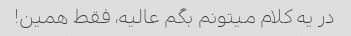
در یه کلام میتونم بگم عالیه، فقط همین!